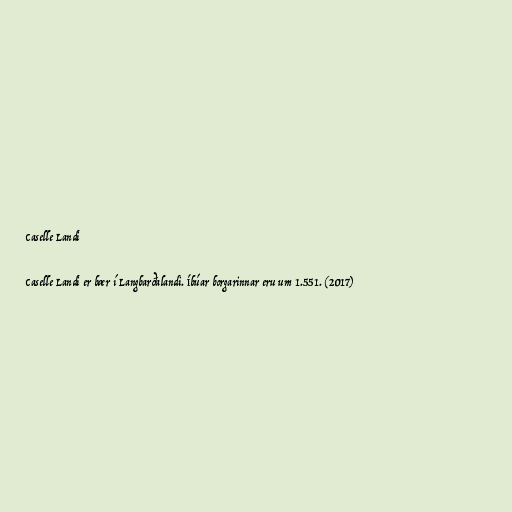
Caselle Landi

Caselle Landi er bær í Langbarðalandi. Íbúar borgarinnar eru um 1.551. (2017)